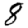
Digit: 8